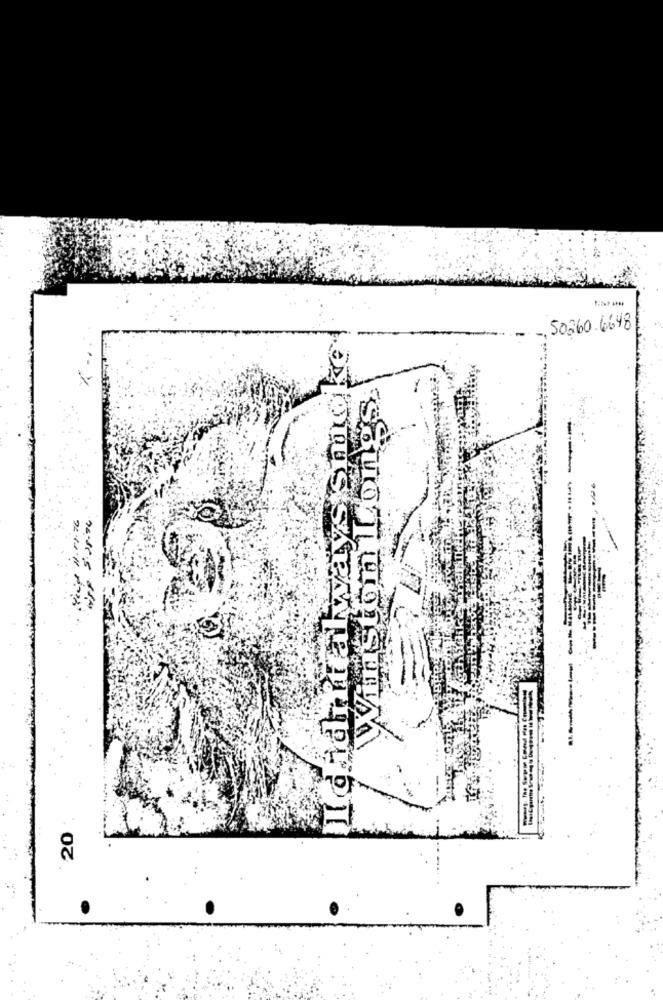
50260.6648
IIdid it always mio
rent
-
20